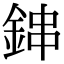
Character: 鋛